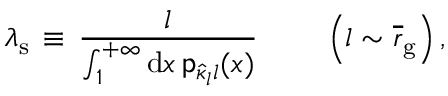
\lambda _ { \mathrm { s } } \, \equiv \, \frac { l } { \int _ { 1 } ^ { + \infty } \mathrm { d } x \, { \mathsf p } _ { \hat { \kappa } _ { l } l } ( x ) } \, \quad \quad \left( l \sim \overline { r } _ { \mathrm { g } } \right) ,